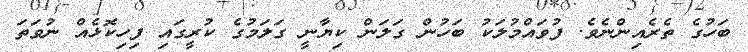
ބަހުގެ ތެރެއިންނެވެ. ފުވައްމުލަކު ބަހުން ގަލަން ކިޔާނީ ގަލަމުގެ ކުރީގައި ފިހިކޮޅެއް ނުވަތަ